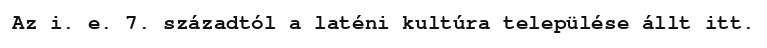
Az i. e. 7. századtól a laténi kultúra települése állt itt.